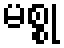
မစ္စု